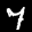
Label: 7